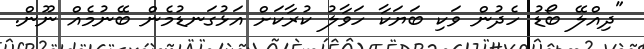
"ދިއްލޭ ބޯޑު ހެދުން ވަކި ބަޔަކާ ހަވާލު ކުރާކަށް އަޅުގަނޑުމެން ބޭނުމެއް ނޫން.